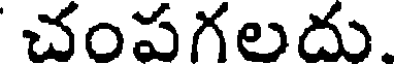
చంపగలదు.